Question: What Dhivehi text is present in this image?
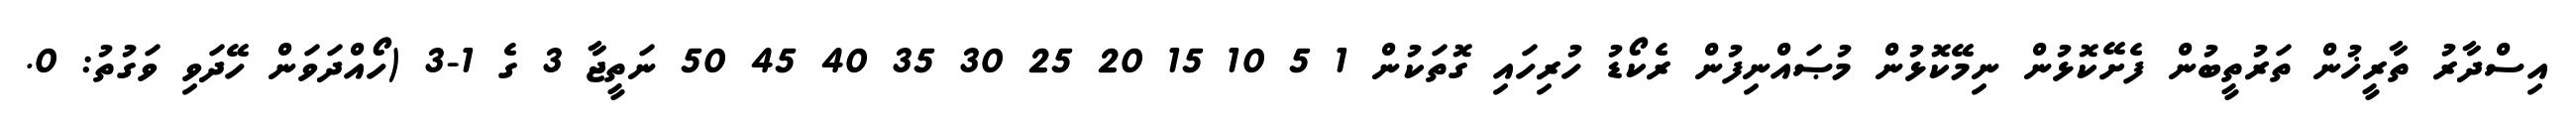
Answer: އިސްދާރު ތާރީޚުން ތަރުތީބުން ފެށޭކޮޅުން ނިމޭކޮޅުން މުޞައްނިފުން ރެކޯޑު ހުރިހައި ގޮތަކުން 1 5 10 15 20 25 30 35 40 45 50 ނަތީޖާ 3 ގެ 1-3 (ހޯއްދަވަން ހޭދަވި ވަގުތު: 0.